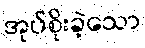
အုပ်စိုးခဲ့သော